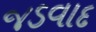
જડવાદ